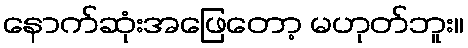
နောက်ဆုံးအဖြေတော့ မဟုတ်ဘူး။